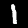
Label: 1